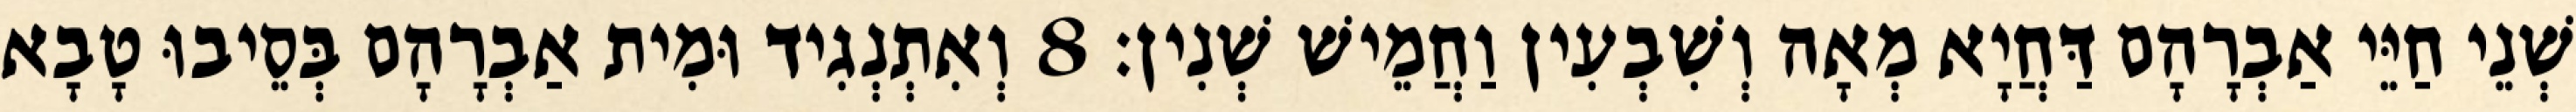
שְׁנֵי חַיֵּי אַבְרָהָם דַּחֲיָא מְאָה וְשִׁבְעִין וַחֲמֵישׁ שְׁנִין׃ 8 וְאִתְנְגִיד וּמִית אַבְרָהָם בְּסֵיבוּ טָבָא